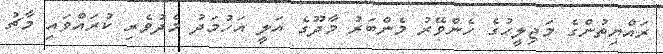
ރައްޔިތުންގެ މަޖިލީހުގެ ހެންވޭރު މެންބަރު މާދޫގެ އަލީ އަހުމަދު މެދުވެރި ކުރައްވައި މާޗު